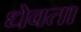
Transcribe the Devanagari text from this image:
धेवता